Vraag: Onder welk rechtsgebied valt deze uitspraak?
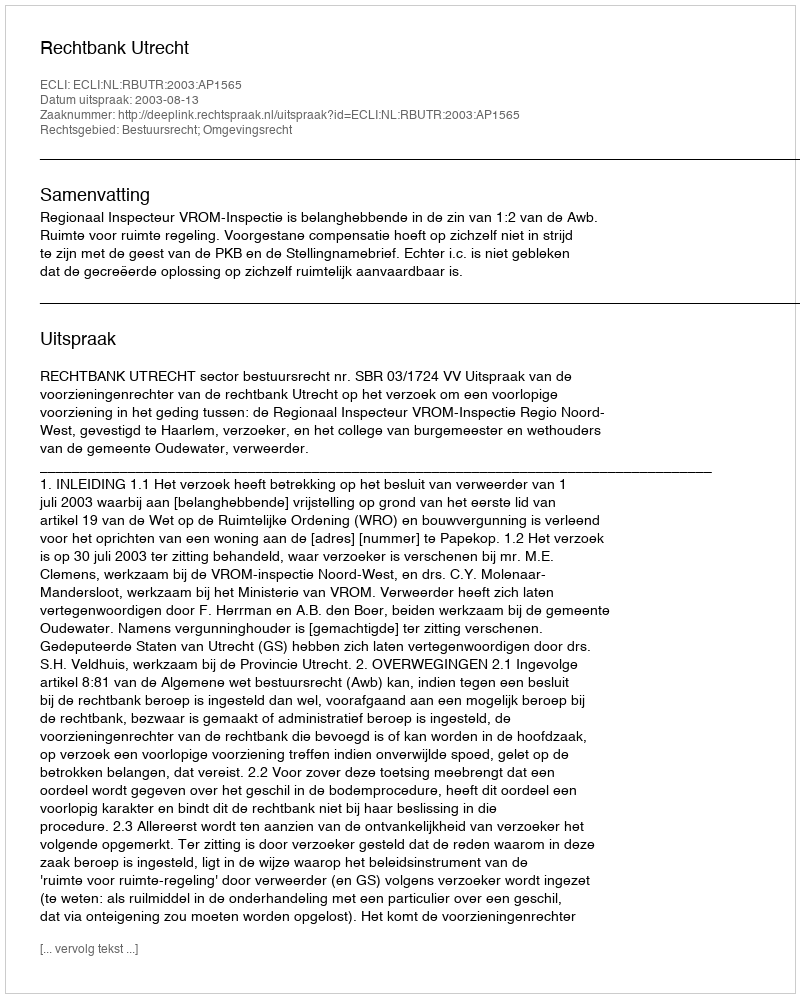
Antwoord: Bestuursrecht; Omgevingsrecht